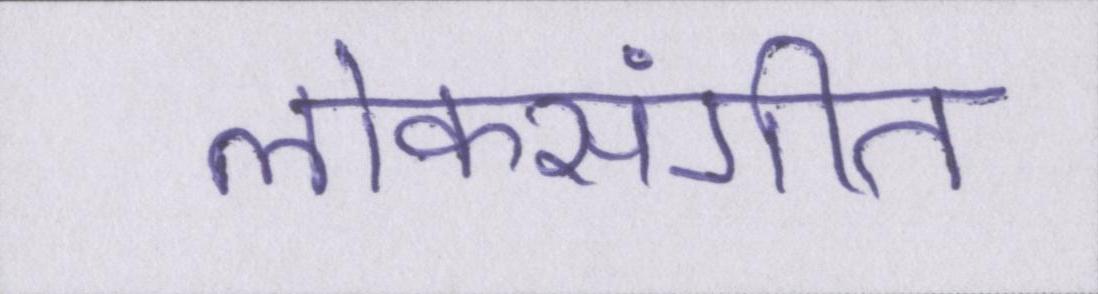
लोकसंगीत